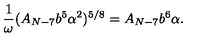
\frac { 1 } { \omega } ( A _ { N - 7 } b ^ { 5 } \alpha ^ { 2 } ) ^ { 5 / 8 } = A _ { N - 7 } b ^ { 6 } \alpha .